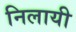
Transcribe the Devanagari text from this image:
निलायी